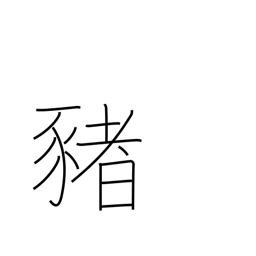
Meaning: pig